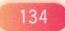
134